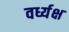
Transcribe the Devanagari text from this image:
वर्ध्यक्ष